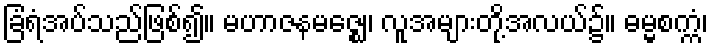
ခြံရံအပ်သည်ဖြစ်၍။ မဟာဇနမဇ္ဈေ၊ လူအများတို့အလယ်၌။ ဓမ္မစက္ကံ၊